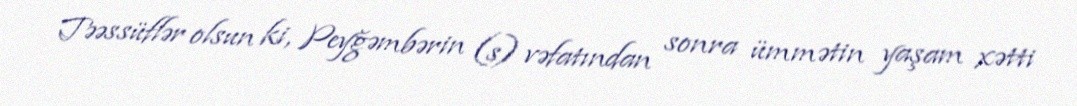
Təəssüflər olsun ki, Peyğəmbərin (s) vəfatından sonra ümmətin yaşam xətti